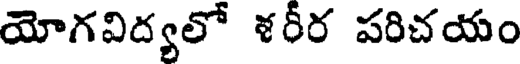
యోగవిద్యలో ళరీర పరిచయం